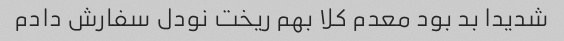
شدیدا بد بود معدم کلا بهم ریخت نودل سفارش دادم